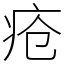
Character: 疮